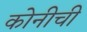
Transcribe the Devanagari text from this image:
कोनीची